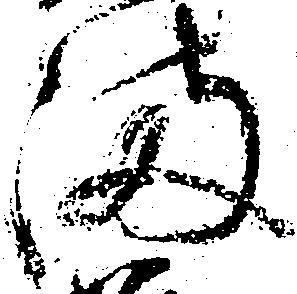
満